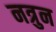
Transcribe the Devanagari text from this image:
नत्रुन